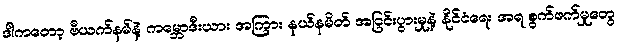
ဒါကတော့ ဗီယက်နမ်နဲ့ ကမ္ဘောဒီးယား အကြား နယ်နမိတ် အငြင်းပွားမှုနဲ့ နိုင်ငံရေး အရ စွက်ဖက်မှုတွေ